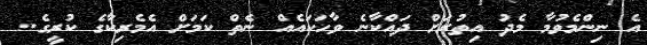
އެ ނިންމެވުމާ މެދު އިތުރަށް ދައްކާނެ ވާހަކައެއް ނެތް ކަމަށް އެމެރިކާގެ ކުރީގެ..